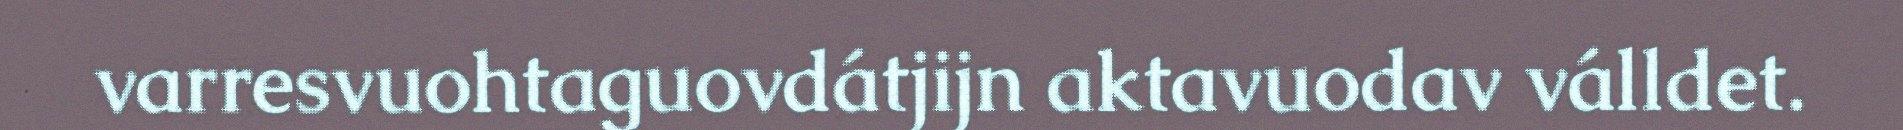
varresvuohtaguovdátjijn aktavuodav válldet.